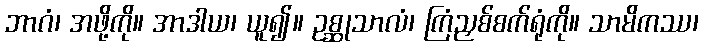
ဘာဂံ၊ အဖို့ကို။ အာဒါယ၊ ယူ၍။ ဥစ္ဆုသာလံ၊ ကြံညှစ်စက်ရုံကို။ သာမိကဿ၊